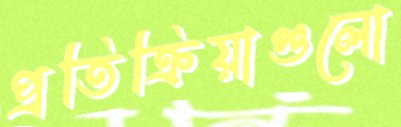
প্রতিক্রিয়াগুলো